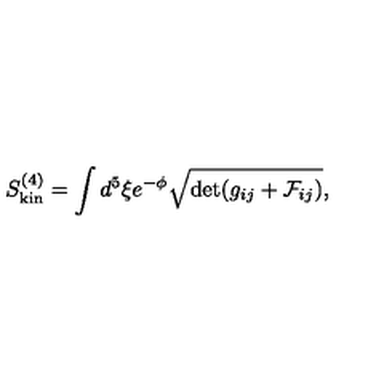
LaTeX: S _ { \mathrm { k i n } } ^ { ( 4 ) } = \int d ^ { 5 } \xi e ^ { - \phi } \sqrt { \det ( g _ { i j } + { \cal F } _ { i j } ) } ,